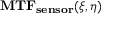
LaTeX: \mathbf { M T F _ { s e n s o r } } ( \xi , \eta )